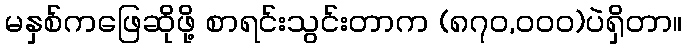
မနှစ်ကဖြေဆိုဖို့ စာရင်းသွင်းတာက (၈၇၀,၀၀၀)ပဲရှိတာ။